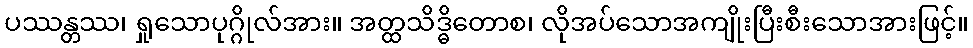
ပဿန္တဿ၊ ရှုသောပုဂ္ဂိုလ်အား။ အတ္ထသိဒ္ဓိတောစ၊ လိုအပ်သောအကျိုးပြီးစီးသောအားဖြင့်။